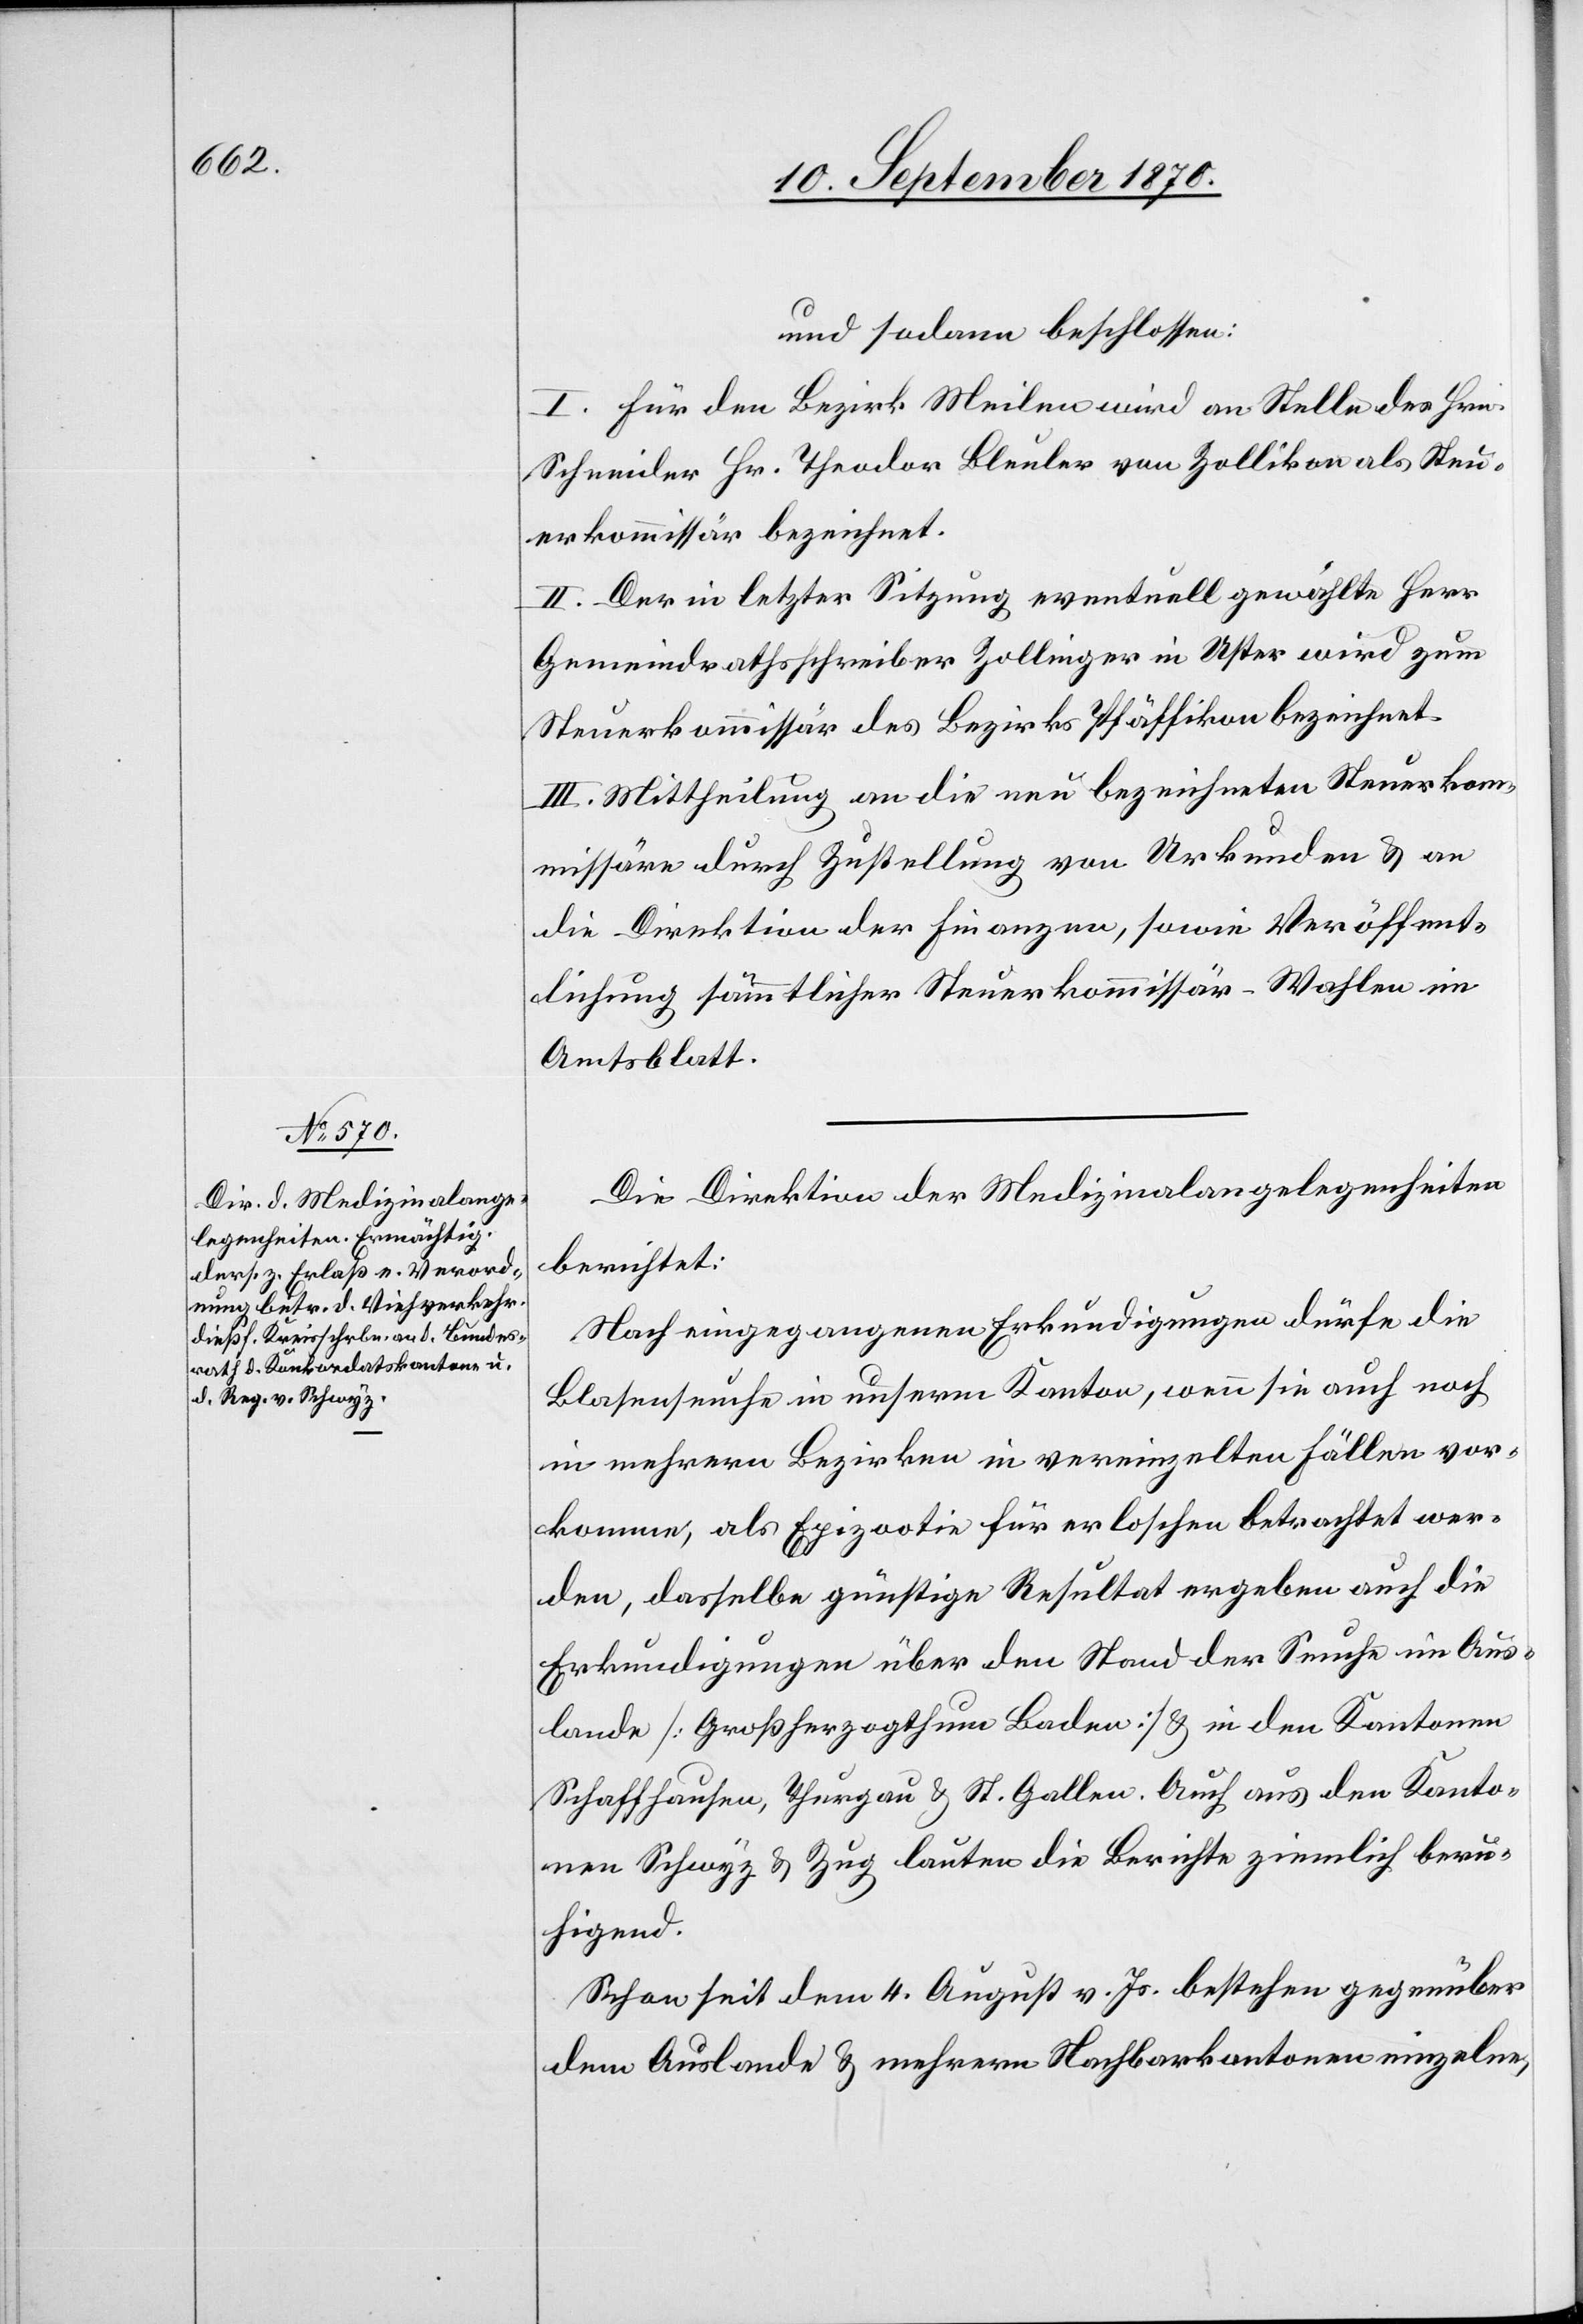
und sodann beschlossen:
I. Für den Bezirk Meilen wird an Stelle des Hrn.
Schneider Hr. Theodor Bleuler von Zollikon als Steu¬
erkommissär bezeichnet.
II. Der in letzter Sitzung eventuell gewählte Herr
Gemeindrathsschreiber Zollinger in Uster wird zum
Steuerkommissär des Bezirkes Pfäffikon bezeichnet.
III. Mittheilung an die neu bezeichneten Steuerkom¬
missäre durch Zustellung von Urkunden & an
die Direktion der Finanzen, sowie Veröffent¬
lichung sämmtlicher Steuerkommissär-Wahlen im
Amtsblatt.
Die Direktion der Medizinalangelegenheiten
berichtet:
Nach eingegangenen Erkundigungen dürfe die
Blasenseuche in unserm Kanton, wenn sie auch noch
in mehrern Bezirken in vereinzelten Fällen vor¬
komme, als Epizootie für erloschen betrachtet wer¬
den, dasselbe günstige Resultat ergeben auch die
Erkundigungen über den Stand der Seuche im Aus¬
lande [Großherzogthum Baden] & in den Kantonen
Schaffhausen, Thurgau & St. Gallen. Auch aus den Kanto¬
nen Schwyz & Zug lauten die Berichte ziemlich beru¬
higend.
Schon seit dem 4. August v. Js. bestehen gegenüber
dem Auslande & mehrern Nachbarkantonen einzelne